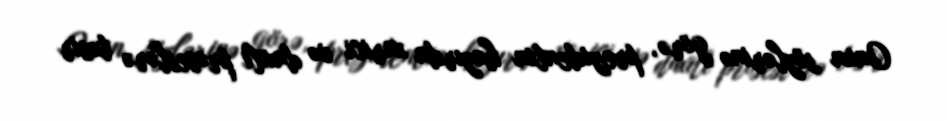
Onun sözlərinə görə, prezidentin hazırda xarici və daxili proseslərə təsir